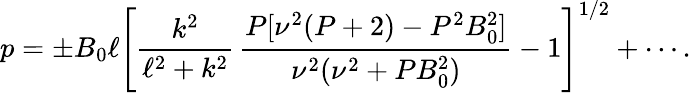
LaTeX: p=\pm B_{0}\ell\left[\frac{k^{2}}{\ell^{2}+k^{2}}\, \frac{P[\nu^{2}(P+2)-P^{2}B_{0}^{2}]}{\nu^{2}(\nu^{2}+PB_{0}^{2})}-1\right]^{1/2}+\cdots.